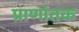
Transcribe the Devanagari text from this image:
प्राणांतक